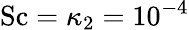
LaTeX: \mathrm{Sc}=\kappa_{2}=10^{-4}